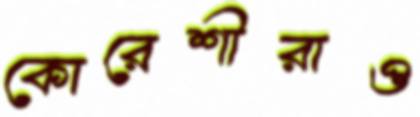
কোরেশীরাও